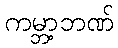
ကမ္ဘာ့ဘဏ်